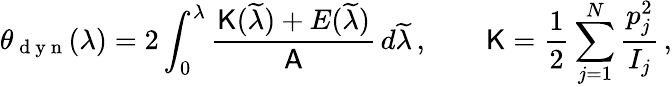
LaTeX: \theta_{\mathrm{~d~y~n~}}(\lambda)=2\int_{0}^{\lambda}\frac{\mathsf{K}(\widetilde{\lambda})+E(\widetilde{\lambda})}{\mathsf{A}}\, d\widetilde{\lambda}\, ,\qquad\mathsf{K}=\frac{1}{2}\sum_{j=1}^{N}\frac{p_{j}^{2}}{I_{j}}\, ,